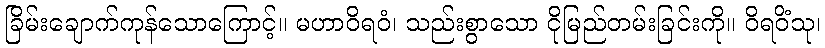
ခြိမ်းချောက်ကုန်သောကြောင့်။ မဟာဝိရဝံ၊ သည်းစွာသော ငိုမြည်တမ်းခြင်းကို။ ဝိရဝိံသု၊